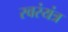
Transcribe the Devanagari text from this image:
स्वरंयंत्र